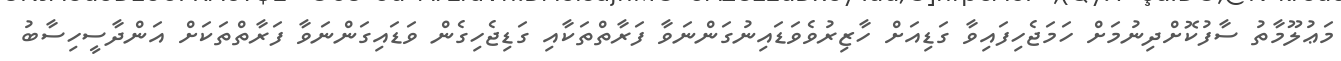
މަޢުލޫމާތު ސާފުކޮށްދިނުމަށް ހަމަޖެހިފައިވާ ގަޑިއަށް ހާޒިރުވެވަޑައިނުގަންނަވާ ފަރާތްތަކާއި ގަޑިޖެހިގެން ވަޑައިގަންނަވާ ފަރާތްތަކަށް އަންދާސީހިސާބު